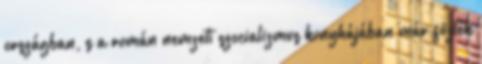
országban, s a román nemzeti szocializmus konyhájában már fõzték